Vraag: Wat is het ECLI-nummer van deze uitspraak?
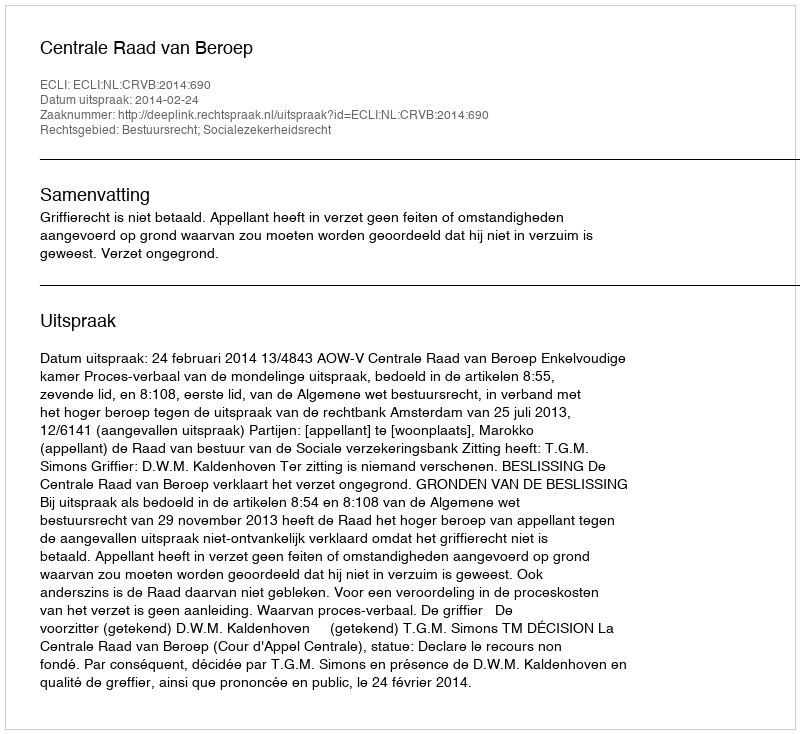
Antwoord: ECLI:NL:CRVB:2014:690